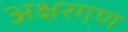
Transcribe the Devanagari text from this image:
अक्षरगण